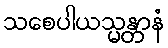
သစေပါယသ္မန္တာနံ